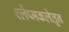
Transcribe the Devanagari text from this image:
श्लेष्मकलेतून